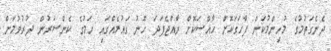
ދެނެގަތުމުގެ މުހިންމުކަން ފާހަގަކޮށް ހާއްސަކޮށް ރާއްޖެފަދަ ހޫނު ގައުމެއްގައި ހަމުގެ ކެންސަރުން ދުރުވުމަށް